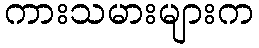
ကားသမားများက